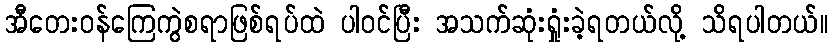
အီတေးဝန်ကြေကွဲစရာဖြစ်ရပ်ထဲ ပါဝင်ပြီး အသက်ဆုံးရှုံးခဲ့ရတယ်လို့ သိရပါတယ်။